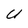
Character: U